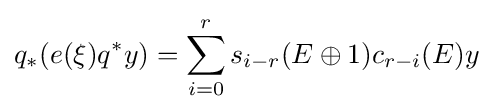
q_{*}(e(\xi )q^{*}y)=\sum _{i=0}^{r}s_{i-r}(E\oplus 1)c_{r-i}(E)y